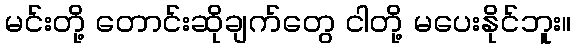
မင်းတို့ တောင်းဆိုချက်တွေ ငါတို့ မပေးနိုင်ဘူး။